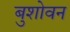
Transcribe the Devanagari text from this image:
बुशोवन